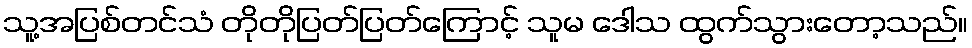
သူ့အပြစ်တင်သံ တိုတိုပြတ်ပြတ်ကြောင့် သူမ ဒေါသ ထွက်သွားတော့သည်။